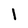
Character: 1